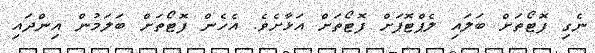
ނެގި ފޮޓޯތަށް ބަލައި ލެޕްޓޮޕަށް ފޮޓޯތަށް އަޅާށެވެ. އެހެން ފޮޓޯތަށް ބަލަމުން އިންދައި